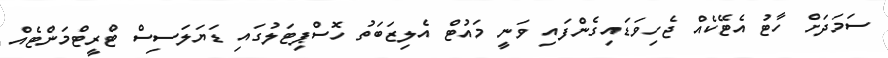
ސަމަދަށް ހާޓު އެޓޭކެއް ޖެހިވަޑައިގެންފައި ވަނީ މައުޓް އެލިޒަބަތު ހޮސްޕިޓަލުގައި ޑަޔަލަސިސް ޓްރީޓްމަންޓެއް